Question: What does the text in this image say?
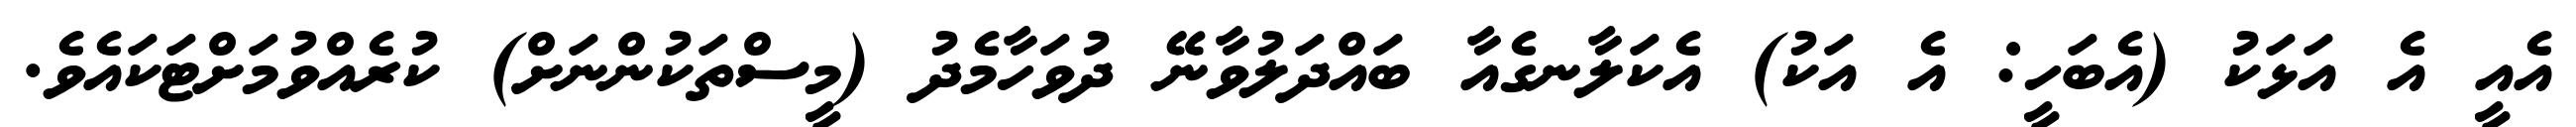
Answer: އެއީ އެ އަޅަކު (އެބަހީ: އެ އަކު) އެކަލާނގެއާ ބައްދަލުވާނޭ ދުވަހާމެދު (މީސްތަކުންނަށް) ކުރެއްވުމަށްޓަކައެވެ.